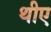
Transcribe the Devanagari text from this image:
थीए